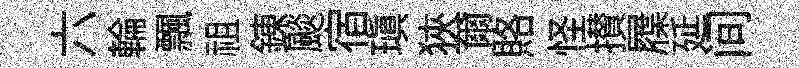
六輪飄祖錬颷宿瑱狹爾賂怪攅屧延间